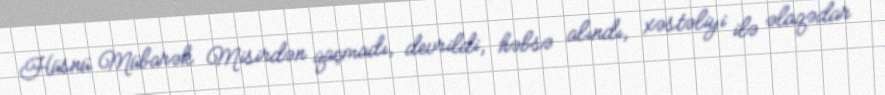
Hüsnü Mübarək Misirdən qaçmadı, devrildi, həbsə alındı, xəstəliyi ilə əlaqədar